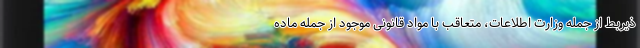
ذیربط از جمله وزارت اطلاعات، متعاقب با مواد قانونی موجود از جمله ماده